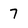
Character: 7